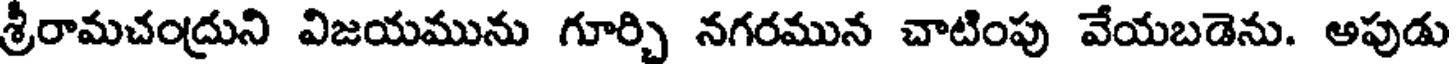
శ్రీరామచంద్రుని విజయమును గూర్చి నగరమున చాటింపు వేయబడెను. అపుడు